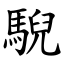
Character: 䮘